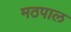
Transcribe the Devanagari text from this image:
मठपाल